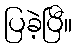
ပြခဲ့ပြီ။